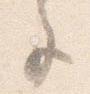
色